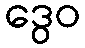
ဒွေဝ